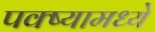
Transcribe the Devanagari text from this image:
पक्ष्यामध्ये